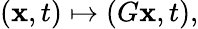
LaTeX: (\mathbf{x},t)\mapsto(G\mathbf{x},t),